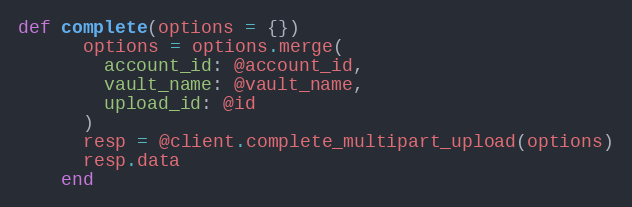
Language: Ruby
def complete(options = {})
      options = options.merge(
        account_id: @account_id,
        vault_name: @vault_name,
        upload_id: @id
      )
      resp = @client.complete_multipart_upload(options)
      resp.data
    end